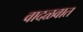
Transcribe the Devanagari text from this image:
वादळवात